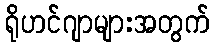
ရိုဟင်ဂျာများအတွက်